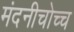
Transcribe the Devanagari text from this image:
मंदनीचोच्च